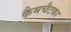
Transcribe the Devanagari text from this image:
कैमचैटका